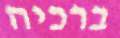
ברכיה